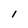
Character: 1